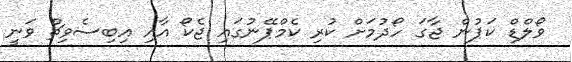
ވޯލްޑް ކަޕުން ޖާގަ ހޯދުމަށް ކުރި ކެމްޕޭނުގައި ޖެކޯ އާއި އިބިސެވިޗް ވަނީ